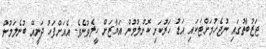
ޖަޒުބާތުގައި ނުޖެހުމަށްޓަކައި އަޑު ހަރުކަށި ކޮށްލުމުން އަޔާޒަށް ހީލެވުނެވެ. އެއަށްފަހު ދަނީއޭ ބުނެލަމުން